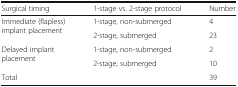
<table><thead><tr><td><b>Surgical timing</b></td><td><b>1-stage vs. 2-stage protocol</b></td><td><b>Number</b></td></tr></thead><tbody><tr><td rowspan="2">Immediate (flapless) implant placement</td><td>1-stage, non-submerged</td><td>4</td></tr><tr><td>2-stage, submerged</td><td>23</td></tr><tr><td rowspan="2">Delayed implant placement</td><td>1-stage, non-submerged</td><td>2</td></tr><tr><td>2-stage, submerged</td><td>10</td></tr><tr><td>Total</td><td></td><td>39</td></tr></tbody></table>